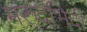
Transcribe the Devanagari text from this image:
मरुदभिदी